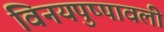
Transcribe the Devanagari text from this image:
विनयपुष्पावली